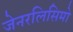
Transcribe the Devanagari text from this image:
जेनरलिसिमो